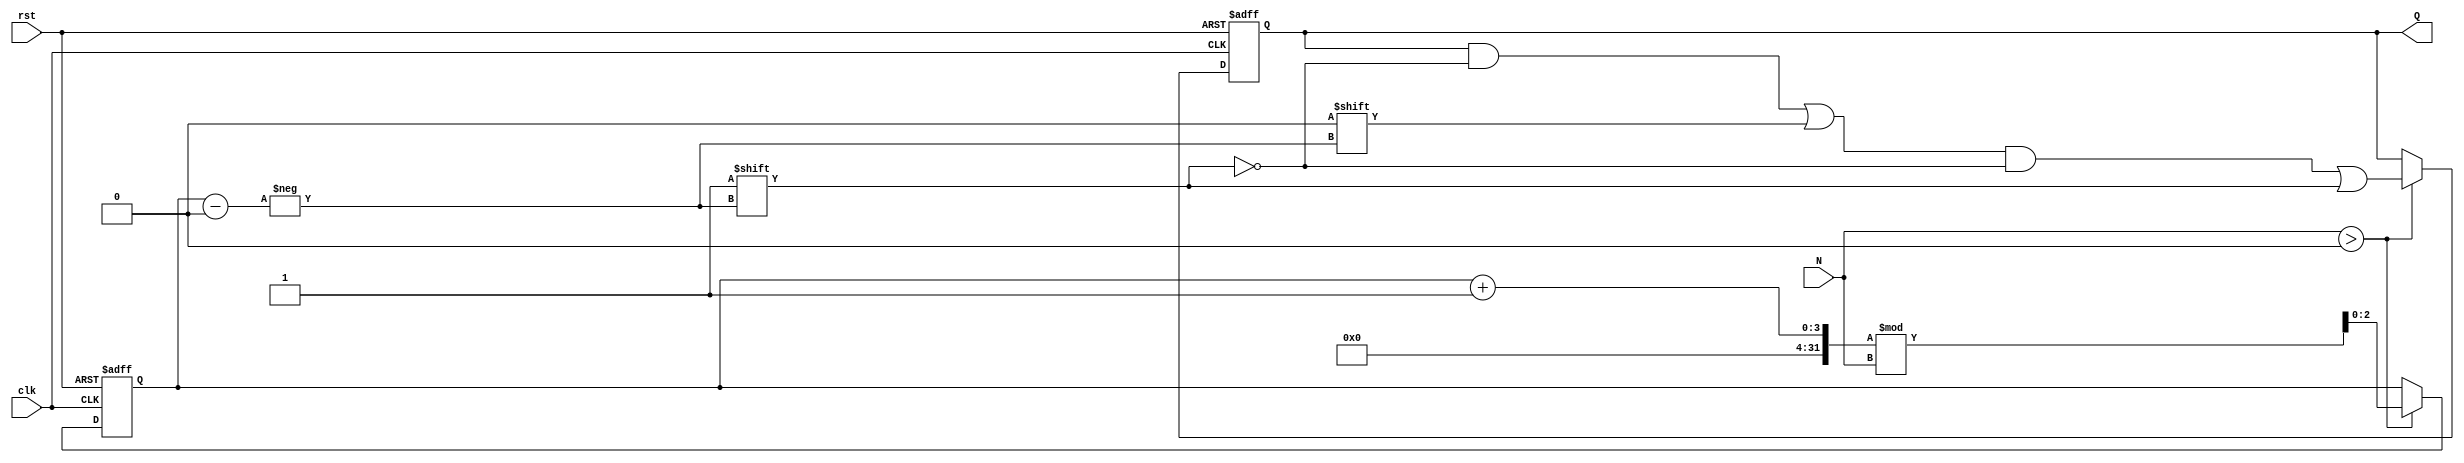
module variable_length_ring_counter #(
    parameter MAX_LENGTH = 8 // Maximum number of states
)(
    input wire clk,           // Clock input
    input wire rst,           // Asynchronous reset
    input wire [2:0] N,       // Length input (3 bits can represent up to 8 states)
    output reg [MAX_LENGTH-1:0] Q // Counter outputs
);

    // Internal signal to hold the current index of the '1'
    reg [2:0] current_index; // 3 bits to represent index for up to 8 states

    // Asynchronous reset and counter logic
    always @(posedge clk or posedge rst) begin
        if (rst) begin
            // Reset condition: Set the first flip-flop high and others low
            Q <= 0;
            Q[0] <= 1;
            current_index <= 0;
        end else begin
            // Shift the '1' to the next flip-flop
            if (N > 0) begin
                // Clear the current flip-flop and set the next one
                Q[current_index] <= 0;
                current_index <= (current_index + 1) % N; // Wrap around using modulo N
                Q[current_index] <= 1; // Set the next flip-flop high
            end
        end
    end

endmodule